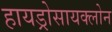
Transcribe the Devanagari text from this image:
हायड्रोसायक्लोन